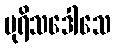
ပုရိသဒေါသေ